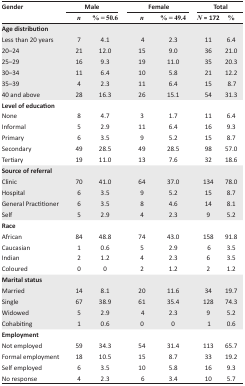
<table><thead><tr><td rowspan="3"><b>Gender</b></td><td colspan="2"><b>Male</b></td><td colspan="2"><b>Female</b></td><td colspan="2"><b>Total</b></td></tr><tr><td><b><i>n</i></b></td><td><b>% = 50.6</b></td><td><b><i>n</i></b></td><td><b>% = 49.4</b></td><td><b><i>N</i> = 172</b></td><td><b>%</b></td></tr></thead><tbody><tr><td><b>Age distribution</b></td><td></td><td></td><td></td><td></td><td></td><td></td></tr><tr><td>Less than 20 years</td><td>7</td><td>4.1</td><td>4</td><td>2.3</td><td>11</td><td>6.4</td></tr><tr><td>20–24</td><td>21</td><td>12.0</td><td>15</td><td>9.0</td><td>36</td><td>21.0</td></tr><tr><td>25–29</td><td>16</td><td>9.3</td><td>19</td><td>11.0</td><td>35</td><td>20.3</td></tr><tr><td>30–34</td><td>11</td><td>6.4</td><td>10</td><td>5.8</td><td>21</td><td>12.2</td></tr><tr><td>35–39</td><td>4</td><td>2.3</td><td>11</td><td>6.4</td><td>15</td><td>8.7</td></tr><tr><td>40 and above</td><td>28</td><td>16.3</td><td>26</td><td>15.1</td><td>54</td><td>31.3</td></tr><tr><td><b>Level of education</b></td><td></td><td></td><td></td><td></td><td></td><td></td></tr><tr><td>None</td><td>8</td><td>4.7</td><td>3</td><td>1.7</td><td>11</td><td>6.4</td></tr><tr><td>Informal</td><td>5</td><td>2.9</td><td>11</td><td>6.4</td><td>16</td><td>9.3</td></tr><tr><td>Primary</td><td>6</td><td>3.5</td><td>9</td><td>5.2</td><td>15</td><td>8.7</td></tr><tr><td>Secondary</td><td>49</td><td>28.5</td><td>49</td><td>28.5</td><td>98</td><td>57.0</td></tr><tr><td>Tertiary</td><td>19</td><td>11.0</td><td>13</td><td>7.6</td><td>32</td><td>18.6</td></tr><tr><td><b>Source of referral</b></td><td></td><td></td><td></td><td></td><td></td><td></td></tr><tr><td>Clinic</td><td>70</td><td>41.0</td><td>64</td><td>37.0</td><td>134</td><td>78.0</td></tr><tr><td>Hospital</td><td>6</td><td>3.5</td><td>9</td><td>5.2</td><td>15</td><td>8.7</td></tr><tr><td>General Practitioner</td><td>6</td><td>3.5</td><td>8</td><td>4.6</td><td>14</td><td>8.1</td></tr><tr><td>Self</td><td>5</td><td>2.9</td><td>4</td><td>2.3</td><td>9</td><td>5.2</td></tr><tr><td><b>Race</b></td><td></td><td></td><td></td><td></td><td></td><td></td></tr><tr><td>African</td><td>84</td><td>48.8</td><td>74</td><td>43.0</td><td>158</td><td>91.8</td></tr><tr><td>Caucasian</td><td>1</td><td>0.6</td><td>5</td><td>2.9</td><td>6</td><td>3.5</td></tr><tr><td>Indian</td><td>2</td><td>1.2</td><td>4</td><td>2.3</td><td>6</td><td>3.5</td></tr><tr><td>Coloured</td><td>0</td><td>0</td><td>2</td><td>1.2</td><td>2</td><td>1.2</td></tr><tr><td><b>Marital status</b></td><td></td><td></td><td></td><td></td><td></td><td></td></tr><tr><td>Married</td><td>14</td><td>8.1</td><td>20</td><td>11.6</td><td>34</td><td>19.7</td></tr><tr><td>Single</td><td>67</td><td>38.9</td><td>61</td><td>35.4</td><td>128</td><td>74.3</td></tr><tr><td>Widowed</td><td>5</td><td>2.9</td><td>4</td><td>2.3</td><td>9</td><td>5.2</td></tr><tr><td>Cohabiting</td><td>1</td><td>0.6</td><td>0</td><td>0</td><td>1</td><td>0.6</td></tr><tr><td><b>Employment</b></td><td></td><td></td><td></td><td></td><td></td><td></td></tr><tr><td>Not employed</td><td>59</td><td>34.3</td><td>54</td><td>31.4</td><td>113</td><td>65.7</td></tr><tr><td>Formal employment</td><td>18</td><td>10.5</td><td>15</td><td>8.7</td><td>33</td><td>19.2</td></tr><tr><td>Self employed</td><td>6</td><td>3.5</td><td>10</td><td>5.8</td><td>16</td><td>9.3</td></tr><tr><td>No response</td><td>4</td><td>2.3</td><td>6</td><td>3.4</td><td>10</td><td>5.7</td></tr></tbody></table>